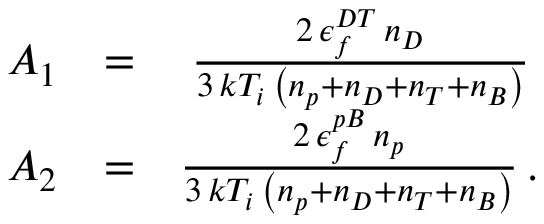
\begin{array} { r l r } { A _ { 1 } } & { = } & { \frac { 2 \, \epsilon _ { f } ^ { D T } \, n _ { D } } { 3 \, k T _ { i } \, \left( n _ { p } + n _ { D } + n _ { T } + n _ { B } \right) } \, } \\ { A _ { 2 } } & { = } & { \frac { 2 \, \epsilon _ { f } ^ { p B } \, n _ { p } } { 3 \, k T _ { i } \, \left( n _ { p } + n _ { D } + n _ { T } + n _ { B } \right) } \, . } \end{array}